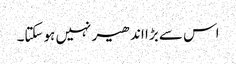
اس سے بڑا اندھیر نہیں ہوسکتا۔